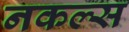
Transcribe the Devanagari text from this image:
नकल्स